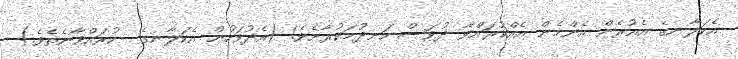
އެކަލާނގެ އެއުރެން އެންމެން އެއްކުރައްވާ ދުވަސް ހަނދުމަކުރާށެވެ! (އެދުވަހުން އެކަލާނގެ  ކުރައްވާނެތެވެ.)